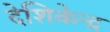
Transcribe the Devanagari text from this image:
देशिकेन्द्र